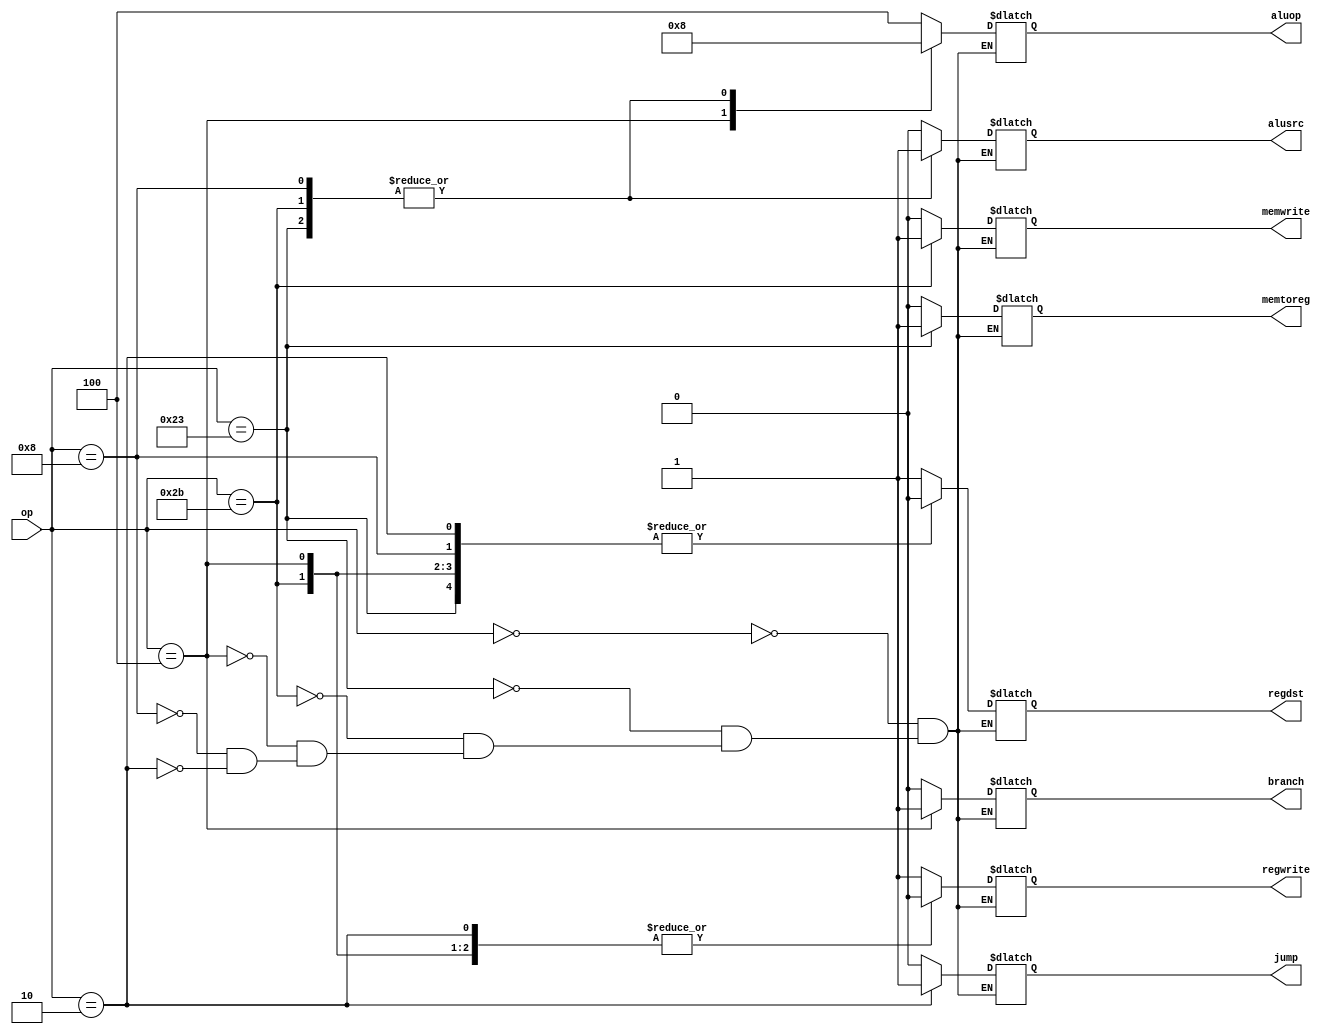
`ifndef _maindec_v_
`define _maindec_v_ 

module maindec(op,memtoreg, memwrite,branch, alusrc,
               regdst, regwrite,jump,aluop);
input [5:0] op;
output reg memtoreg,memwrite,branch,alusrc,regdst,regwrite;
output reg jump;
output reg [2:0] aluop;

  always@(*)
  begin
    case(op)
      6'b000000: //Rtype
      begin
          regwrite<=1'b1;regdst<=1'b1;alusrc<=1'b0;
          branch<=1'b0;memwrite<=1'b0;memtoreg<=1'b0;
          jump<=1'b0;aluop<=3'b100;
      end
      6'b100011: //LW
      begin
          regwrite<=1'b1;regdst<=1'b0;alusrc<=1'b1;
          branch<=1'b0;memwrite<=1'b0;memtoreg<=1'b1;
          jump<=1'b0;aluop<=3'b000;
      end
      6'b101011: //SW --
      begin
          regwrite<=1'b0;regdst<=1'b0;alusrc<=1'b1;
          branch<=1'b0;memwrite<=1'b1;memtoreg<=1'b0;
          jump<=1'b0;aluop<=3'b000;
      end
      6'b000100: //BEQ --
      begin
          regwrite<=1'b0;regdst<=1'b0;alusrc<=1'b0;
          branch<=1'b1;memwrite<=1'b0;memtoreg<=1'b0;
          jump<=1'b0;aluop<=3'b001;
      end
      6'b001000: //ADDI --
      begin
          regwrite<=1'b1;regdst<=1'b0;alusrc<=1'b1;
          branch<=1'b0;memwrite<=1'b0;memtoreg<=1'b0;
          jump<=1'b0;aluop<=3'b000;
      end
      6'b000010: //J --
      begin
          regwrite<=1'b0;regdst<=1'b0;alusrc<=1'b0;
          branch<=1'b0;memwrite<=1'b0;memtoreg<=1'b0;
          jump<=1'b1;aluop<=3'bxxx;
      end
    endcase
  end
endmodule

`endif